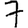
Digit: 7